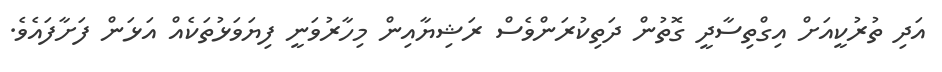
އަދި ތުރުކީއަށް އިގްތިސާދީ ގޮތުން ދަތިކުރަންވެސް ރަޝިޔާއިން މިހާރުވަނީ ފިޔަވަޅުތަކެއް އަޅަން ފަށާފައެވެ.